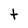
Character: t